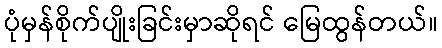
ပုံမှန်စိုက်ပျိုးခြင်းမှာဆိုရင် မြေထွန်တယ်။